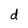
Character: d